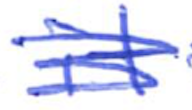
Text: it
Cross-out: scratch
Writing tool: ballpoint